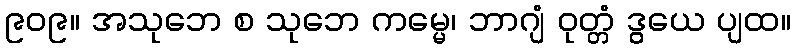
၉၀၉။ အသုဘေ စ သုဘေ ကမ္မေ၊ ဘာဂျံ ဝုတ္တံ ဒွယေ ပျထ။